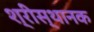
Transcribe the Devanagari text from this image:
श्रीस्थानक